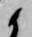
候